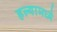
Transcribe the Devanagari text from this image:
हल्यामध्ये